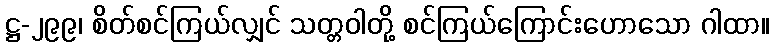
ဋ္ဌ-၂၉၉၊ စိတ်စင်ကြယ်လျှင် သတ္တဝါတို့ စင်ကြယ်ကြောင်းဟောသော ဂါထာ။